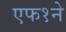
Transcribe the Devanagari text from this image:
एफ१ने